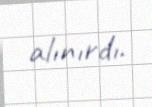
alınırdı.